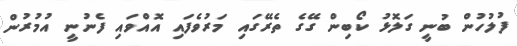
ފުލުހުން ބުނީ ގަލޮޅު ކޯބިން ގޭގެ ތެރޭގައި މަރުވެފައި އޮއްވައި ފެނުނީ އުމުރުން